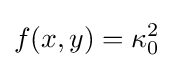
f(x,y)=\kappa _{0}^{2}